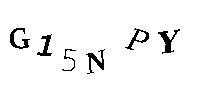
G15NPY